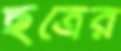
ছত্রের